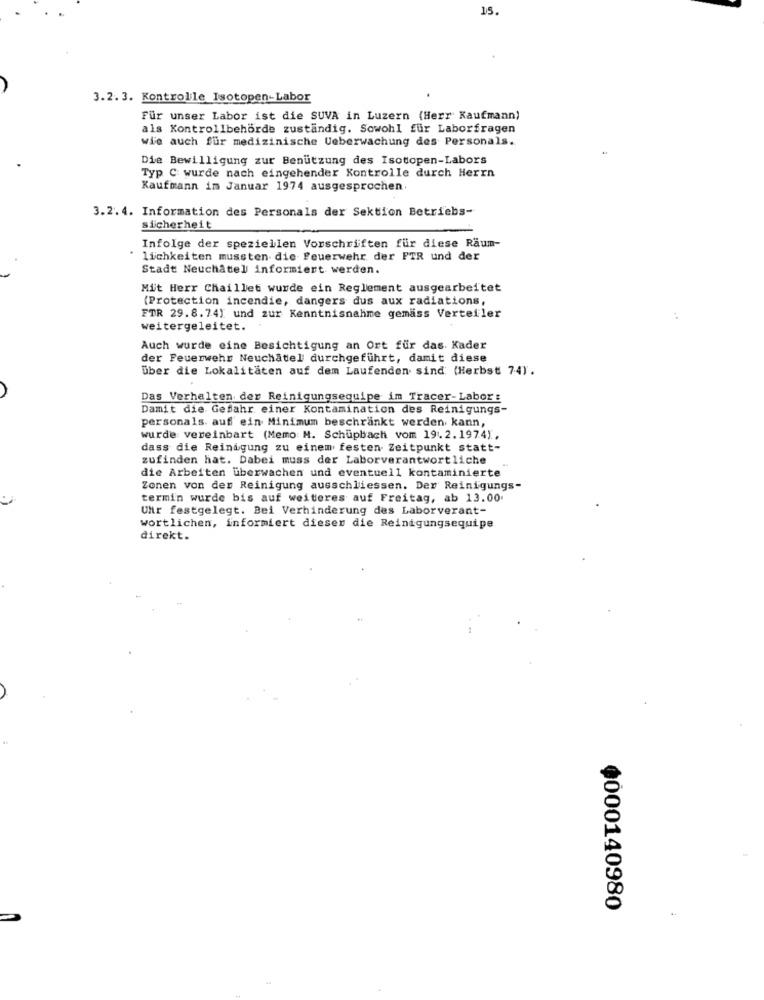
15.
3.2.3. Kontrolle Isotopen-Labor
Für unser Labor ist die SUVA in Luzern (Herr Kaufmann)
als Kontrollbehörde zuständig. Sowohl für Laborfragen
wie auch für medizinische Ueberwachung des Personals.
Die Bewilligung zur Benutzung des Isotopen-Labors
Typ C wurde nach eingehender Kontrolle durch Herrn
Kaufmann im Januar 1974 ausgesprochen.
3.2.4. Information des Personals der Sektion Betriebs-
sicherheit
Infolge der speziellen Vorschriften für diese Räum-
* lichkeiten mussten die Feuerwehr der PTR und der
Stadt Neuchâtel informiert werden.
Mit Herr Chaillet wurde ein Reglement ausgearbeitet
(Protection incendie, dangers dus aux radiations,
FTR 29.8.74) und zur Kenntnisnahme gemäss Verteiler
weitergeleitet.
Auch wurde eine Besichtigung an Ort für das. Kader
der Feuerwehr Neuchâtel durchgeführt, damit diese
über die Lokalitäten auf dem Laufenden sind (Herbst 74).
Das Verhalten der Reinigungsequipe im Tracer-Labor:
Damit die Gefahr einer Kontamination des Reinigungs-
personals. auf ein Minimum beschränkt werden kann,
wurde vereinbart (Memo: M. Schupbach vom 19. 2.1974).
dass die Reinigung zu einem festen Zeitpunkt statt-
zufinden hat. Dabei muss der Laborverantwortliche
die Arbeiten überwachen und eventuell kontaminierte
Zonen von der Reinigung ausschliessen. Der Reinigungs-
termin wurde bis auf weiteres auf Freitag, ab 13.00.
UNtr festgelegt. Bei Verhinderung des Laborverant-
wortlichen, informiert dieser die Reinigungsequipe
direkt.
0000140980